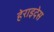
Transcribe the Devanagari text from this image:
हेराइदेस